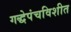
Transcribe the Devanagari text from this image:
गद्धेपंचविशीत